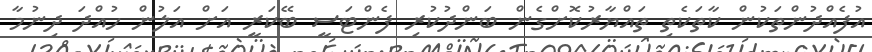
އުފެއްދުންތަކުން ކާތަކެތި ތައްޔާރުކޮށްގެން ބަންދުކުރި ފެންޓަސީ ބޭކަރީ އަށް އަލުން ހުއްދަ ދިނުމާ